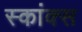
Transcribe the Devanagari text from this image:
स्कांक्स